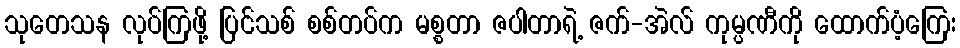
သုတေသန လုပ်ကြဖို့ ပြင်သစ် စစ်တပ်က မစ္စတာ ဇပါတာရဲ့ ဇက်-အဲလ် ကုမ္ပဏီကို ထောက်ပံ့ကြေး